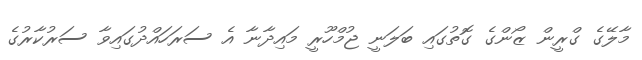
މާލޭގެ ގްރީން ޒޯންގެ ގޮތުގައި ބަލަނީ ޖުމްހޫރީ މައިދާނާ އެ ސަރަހައްދުގައިވާ ސަރުކާރުގެ